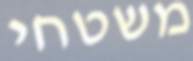
משטחי